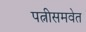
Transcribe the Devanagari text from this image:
पत्नीसमवेत